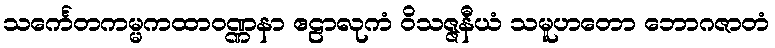
သင်္ကေတကမ္မကထာဝဏ္ဏနာ ဧဠာလုကံ ဝိသဇ္ဇနီယံ သမူဟတော ဘောဂဇာတံ